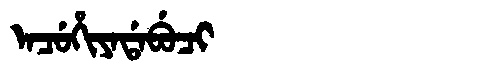
Manchu: ᠠᠴᡠᡥᡳᠶᠠᡩᠠᠪᡠᠴᡳ
Romanization: ACUHIYADABUCI